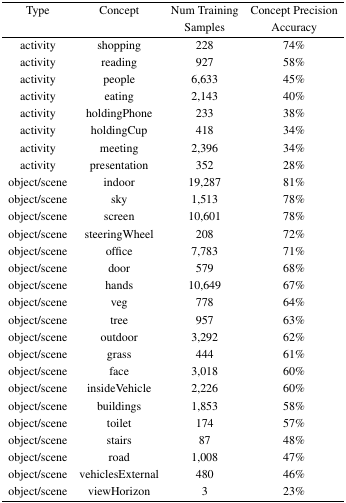
| Type | Concept | Num Training Samples | Concept Precision Accuracy |
 | --- | --- | --- | --- |
 | activity | shopping | 228 | 74% |
 | activity | reading | 927 | 58% |
 | activity | people | 6,633 | 45% |
 | activity | eating | 2,143 | 40% |
 | activity | holdingPhone | 233 | 38% |
 | activity | holdingCup | 418 | 34% |
 | activity | meeting | 2,396 | 34% |
 | activity | presentation | 352 | 28% |
 | object/scene | indoor | 19,287 | 81% |
 | object/scene | sky | 1,513 | 78% |
 | object/scene | screen | 10,601 | 78% |
 | object/scene | steeringWheel | 208 | 72% |
 | object/scene | office | 7,783 | 71% |
 | object/scene | door | 579 | 68% |
 | object/scene | hands | 10,649 | 67% |
 | object/scene | veg | 778 | 64% |
 | object/scene | tree | 957 | 63% |
 | object/scene | outdoor | 3,292 | 62% |
 | object/scene | grass | 444 | 61% |
 | object/scene | face | 3,018 | 60% |
 | object/scene | insideVehicle | 2,226 | 60% |
 | object/scene | buildings | 1,853 | 58% |
 | object/scene | toilet | 174 | 57% |
 | object/scene | stairs | 87 | 48% |
 | object/scene | road | 1,008 | 47% |
 | object/scene | vehiclesExternal | 480 | 46% |
 | object/scene | viewHorizon | 3 | 23% |